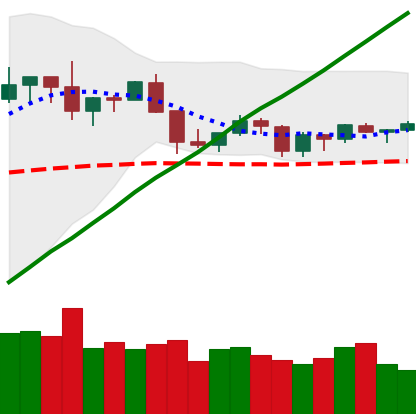
Ticker: XLM-USD
Chart end date: 2019-06-15
Forward return: -4.13%
Label: down_3_5